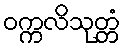
ဝက္ကလိသုတ္တံ